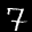
Label: 7